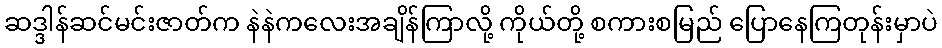
ဆဒ္ဒါန်ဆင်မင်းဇာတ်က နဲနဲကလေးအချိန်ကြာလို့ ကိုယ်တို့ စကားစမြည် ပြောနေကြတုန်းမှာပဲ